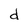
Character: d